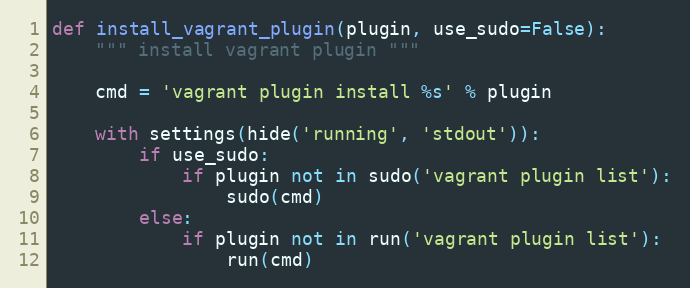
Language: Python
def install_vagrant_plugin(plugin, use_sudo=False):
    """ install vagrant plugin """

    cmd = 'vagrant plugin install %s' % plugin

    with settings(hide('running', 'stdout')):
        if use_sudo:
            if plugin not in sudo('vagrant plugin list'):
                sudo(cmd)
        else:
            if plugin not in run('vagrant plugin list'):
                run(cmd)